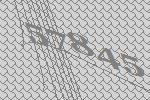
57845